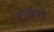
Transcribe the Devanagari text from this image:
गर्दीसमोर